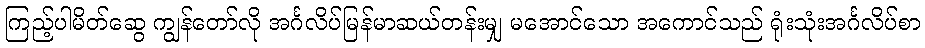
ကြည့်ပါမိတ်ဆွေ ကျွန်တော်လို အင်္ဂလိပ်မြန်မာဆယ်တန်းမျှ မအောင်သော အကောင်သည် ရုံးသုံးအင်္ဂလိပ်စာ